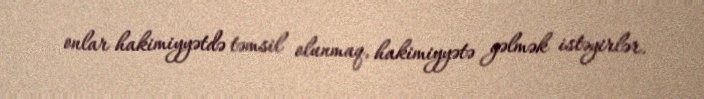
onlar hakimiyyətdə təmsil olunmaq, hakimiyyətə gəlmək istəyirlər.